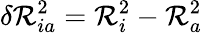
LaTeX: \delta\mathcal{R}_{ia}^{2}=\mathcal{R}_{i}^{2}-\mathcal{R}_{a}^{2}